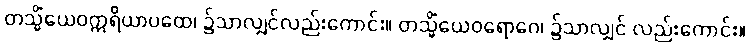
တသ္မိံယေဝဣရိယာပထေ၊ ၌သာလျှင်လည်းကောင်း။ တသ္မိံယေဝရောဂေ၊ ၌သာလျှင် လည်းကောင်း။